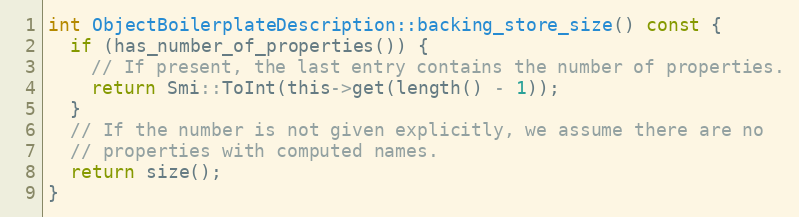
Language: C
int ObjectBoilerplateDescription::backing_store_size() const {
  if (has_number_of_properties()) {
    // If present, the last entry contains the number of properties.
    return Smi::ToInt(this->get(length() - 1));
  }
  // If the number is not given explicitly, we assume there are no
  // properties with computed names.
  return size();
}